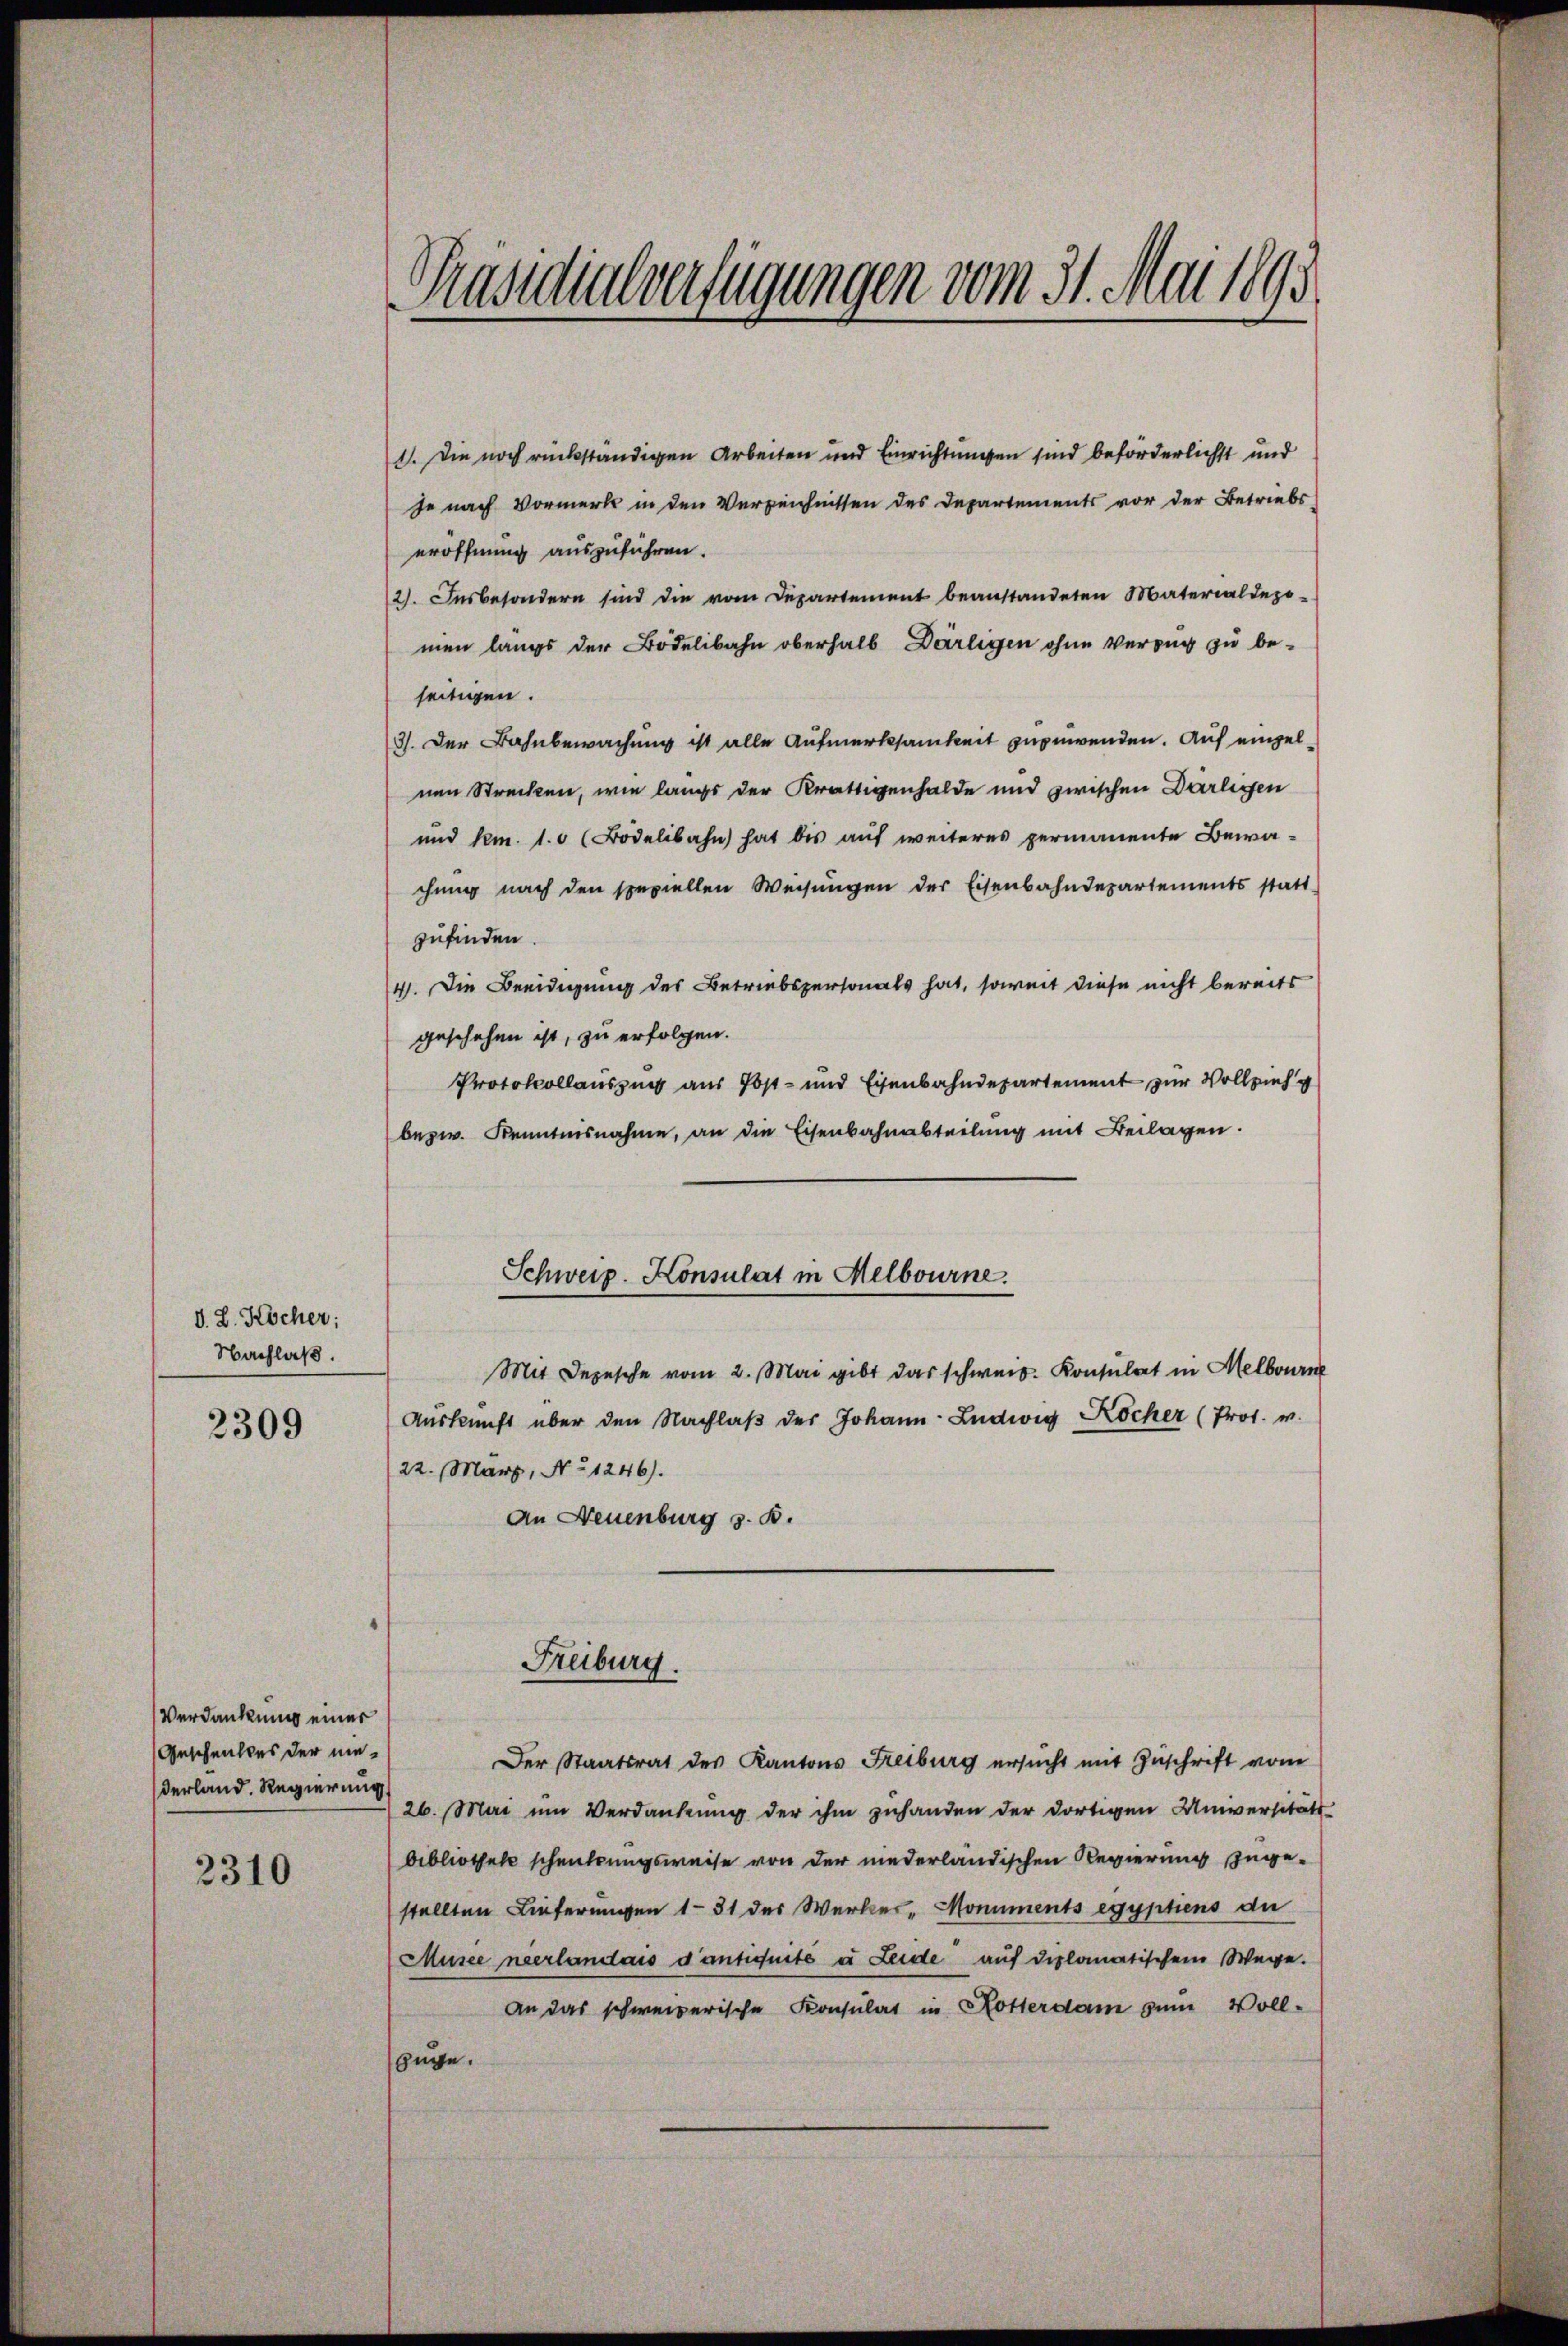
d. L. Kocher;
Nachlaß.

2309

Verdankung einer
Geschenktes der niederland. Regierung

2310

Präsidialverfügungen vom 31. Mai 1893.
.

1. Die noch rückständigen Arbeiten und Einrichtungen sind beförderlichst und
je nach Vormerks in den Verzeichnissen des Departements vor der Betriebs-
eröffnung auszuführen.
2). Insbesondern sind die vom Departement beanstandeten Material depo-
men langs der Bodelibahn oberhalb Därligen ohne Verzug zu be-
seitigen.
3). Der Bahnbewachung ist alle Aufmerksamkeit zuzuwenden. Auf einzelnen Strecken, wie langs der Kräftigenhalde und zwischen Darlegen
und km. 1. (Bödelibahn hat bis auf weiteres permanente Bewachung nach den speziellen Weisŭngen der Eisenbahndepartements statt-
zufinden
4. Die Beeidigung des Betriebspersonals hat, soweit diese nicht bereits
geschehen ist, zu erfolgen.
Protokollauszug aus Post- und Eisenbahndepartement zur Vollzieh
bezw. Kenntnisnahme, an die Eisenbahnabteilung mit Beilagen.
Schweiz. Konsulat in Melbourne.
Mit Depesche vom 2. Mai gibt das schweid. Konsulat in Melbourne
Aŭskŭnft über den Nachlaβ der Johann Ludwig Köcher (Prot. v.
22. März, No 1246).
An Neuenburg z. B.

Freiburg.

Der Staatsrat des Kantons Freiburg ersŭcht mit Zŭschrift vom
26. Mai um Verdankung der ihm zuhanden der dortigen Universitäts
bibliothek schentrungsweise von der niederländischen Regierung zugestellten Lieferungen 131 des Werker - Monuments egyptens du
Musee neerlandais d’antiquite u Leide auf diplomatischem Wege.
An das schweizerische Konsulat in Rotterdam zum Voll-
uge.